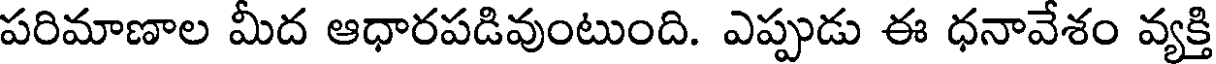
పరిమాణాల మీద ఆధారపడివుంటుంది. ఎప్పుడు ఈ ధనావేశం వ్యక్తి